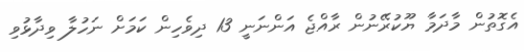
އެގޮތުން މާދަމާ ޔޫކުރޭނުން ރާއްޖެ އަންނަނީ 13 ދިވެހިން ކަމަށް ނަހުލާ ވިދާޅުވި